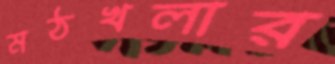
মঠখলার